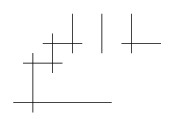
\begin{align*}\unitlength .5cm\begin{picture}(11,7)\put(4,1){\line(1,0){5}}\put(4.5,3){\line(1,0){2}}\put(5.5,4){\line(1,0){2}}\put(9.5,4){\line(1,0){2}}\put(5,3.5){\line(0,-1){3}}\put(6,4.5){\line(0,-1){2}}\put(7,5.5){\line(0,-1){2}}\put(8.5,5.5){\line(0,-1){2}}\put(10,5.5){\line(0,-1){2}}\end{picture}\end{align*}